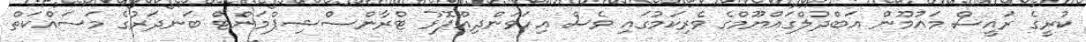
ކުރީގެ ރައީސް މައުމޫން އަބްދުލްގައްޔޫމްގެ ވެރިކަމުގައި ވެސް އިހަވަންދިއްޕޮޅު ޓްރާންސްޝިޕްމަންޓް ބަނދަރުގެ މަސައްކަތް